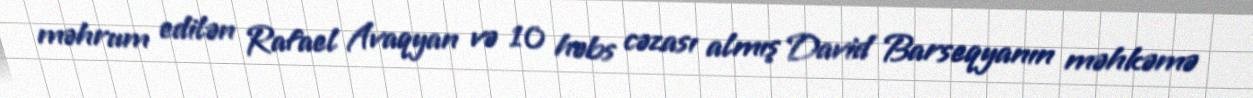
məhrum edilən Rafael Avaqyan və 10 həbs cəzası almış David Barseqyanın məhkəmə